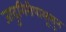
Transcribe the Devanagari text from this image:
जादुगिरीपासूसुन